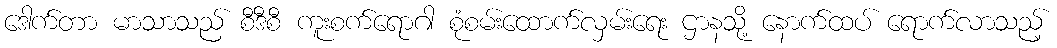
ဒေါက်တာ မာသာသည် စီဒီစီ ကူးစက်ရောဂါ စုံစမ်းထောက်လှမ်းရေး ဌာနသို့ နောက်ထပ် ရောက်လာသည့်